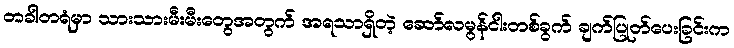
တခါတရံမှာ သားသားမီးမီးတွေအတွက် အရသာရှိတဲ့ ဆော်လမွန်ငါးတစ်ခွက် ချက်ပြုတ်ပေးခြင်းက